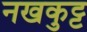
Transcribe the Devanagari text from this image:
नखकुट्ट